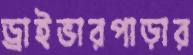
ড্রাইভারপাড়ার